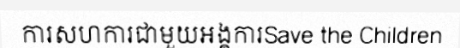
ការសហការជាមួយអង្គការSave the Children